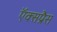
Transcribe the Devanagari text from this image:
ऍक्सप्रैस